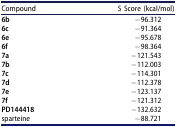
<table><thead><tr><td><b>Compound</b></td><td><b>S Score (kcal/mol)</b></td></tr></thead><tbody><tr><td><b>6b</b></td><td>−96.312</td></tr><tr><td><b>6c</b></td><td>−91.364</td></tr><tr><td><b>6e</b></td><td>−95.678</td></tr><tr><td><b>6f</b></td><td>−98.364</td></tr><tr><td><b>7a</b></td><td>−121.543</td></tr><tr><td><b>7b</b></td><td>−112.003</td></tr><tr><td><b>7c</b></td><td>−114.301</td></tr><tr><td><b>7d</b></td><td>−112.378</td></tr><tr><td><b>7e</b></td><td>−123.137</td></tr><tr><td><b>7f</b></td><td>−121.312</td></tr><tr><td><b>PD144418</b></td><td>−132.632</td></tr><tr><td>sparteine</td><td>−88.721</td></tr></tbody></table>